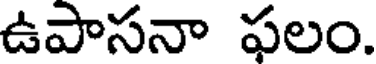
ఉపాసనా ఫలం.